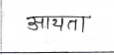
मजकूर: आयता